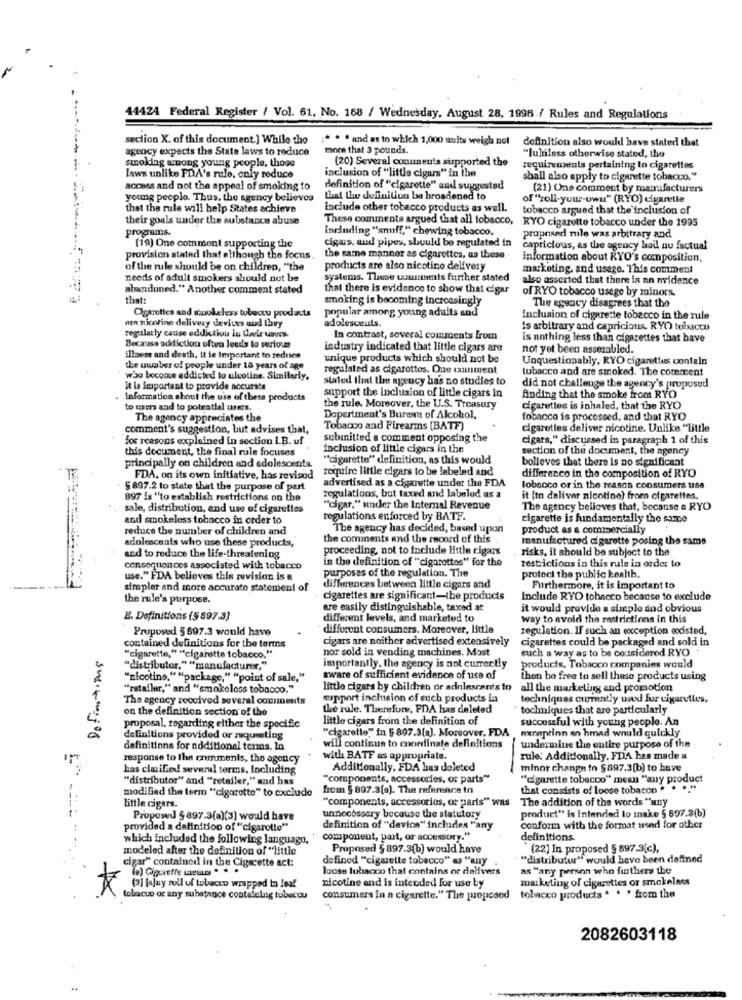
44424 Federal Register / Vol. 61, No. 168 / Wednesday, August 28, 1996 / Rules and Regulations
section X. of this document.] While the
. . . and as to which 1,000 mbits weigh not
definition also would have stated that
agency expects the State laws to reduce
more that 3 pounds.
smoking among young people, those
(20) Several conunents supported the
"fuldless otherwise stated, the
requirements pertaining to cigarettes
laws unlike FDA's rule, only reduce
inclusion of "little cigus" in the
shall also apply to cigarette tobacco."
access and not the appeal of smoking to
definition of "cigarette" and suggested
(21) One comment by mamafacturers
young people. Thus, the agency believes
that the definitivo ba broadened to
of "roll-your-own" (RYO) cigaretle
that the rule will help States achieve
include other tobacco products as well.
tobacco argued that the inclusion of
their goals under the substance abuse
These comments argued that all tobacco,
RYO cigarette tobacco under the 1995
programs.
including "snuff," chewing tobacco,
cigas, and pipes, should be regulated in
proposed mule was arbitrary and
(19) One comment supporting the
capricious, as the agency hail nu factual
provision stated that although the focus
the same manner as cigarettes, as these
information about RYO's composition,
of the rule should be on children, "the
products are also nicotine delivery
marketing, and usage. This comment
needs of adull smokers should not be
systems. These comments further stated
also asserted that there is no evidence
abandoned." Another comment stated
that there is evidence to show that cigar
of RYO tobacco usage by minors.
that :
smoking is becoming increasingly
The agency disagrees that the
popular among young adults and
non nicotine delivery devices aud they
Cigarettes and suokeless wobeczu products
inclusion of cigarette tobacco in the rule
adolescents.
Is arbitrary and capricious. RYO tolkaccu
regularly cause eddictiou in Uwir usws.
In contrast, several comments from
Is nothing less than cigarettes that have
Because addiction often leads to sertous
industry indicated that little cigars are
not yet been asserabled.
illaess and death, it is Important to reduce
unique products which should not be
Unquestionably, RYO cigarettes contain
the number of people under 18 years of age
regulated as cigarettes. One tunment
tobacco and are smoked. The comment
who beconce addicted to ulvoting. Similarly.
stated that the agency has no studies to
it is important to provide accurate
did not challenge the agency's proposed
Information shout the use of these products
support the inclusion of little cigars in
finding that the smoke from RYO
to users and to potential users.
the rule. Moreover, the U.S. Treasury
cigarettes is inhaled, that the RYO
The agency appreciates the
Department's Bureau of Alcohol,
fobacco is processed, and that RYO
comment's suggestion, but advises that,
Tobacco and Firearms (BATF)
cigarettes deliver nicotine. Unlike "little
for reasons explained in section I.B. uf
submitted a comment opposing the
cigars," discussed in paragraph 1 of this
this document, the final rule focuses
inclusion of little cigars in the
section of the document, the agency
principally on children and adolescents.
""cigarette" definition, as this would
bolleves that there is no significant
require little cigars to be labeled and
FDA, on its own initiative, has revised
advertised as a cigarette under the FDA
differenco in the composition of RYO
§ 897.2 to state that the purpose of part
lobscco or in the reason consumers use
897 is "to establish restrictions on the
regulations, but taxed and labeled as a
it (to deliver nicotine) from cigarettes.
sale, distribution, end use of cigarettes
"cigar," under the Internal Revenue
The agency believes that, because a RYO
and smokeless tobacco in order to
regulations enforced by BATF.
cigarette is fundamentally the same
reduce the number of children and
The agency has decided, based upon
product as a commercially
adolescents who use these products,
the comments and the record of this
manufactured cigarette posing the same
proceeding, not to include little cigars
risks, it should be subject to the
and to reduce the life-threatening
in the definition of "cigarottos" for the
consequences associated with tobacco
purposes of the regulation. The
restrictions in this rule in order to
protect the public health.
use." FDA believes this revision is a
simpler and more accurate statement of
differences between little cigars and
Furthermore, it is important to
the rule's purpose.
cigarettes are significant-ibe products
Include RYO tobacco because to exclude
are easily distinguishable, taxad at
it would provide a simple and obvious
E. Definitions (§ 897.3)
different levels, and marketed to
way to avoid the restrictions in this
Proposed 5 697.3 would have
different consumers. Moreover, little
regulation. IF such an exception eodsted,
cigars are neither advertised extensively
cigarettes could be packaged and sold in
contained definitions for the terms
nor sold in vending machines. Most
such a way as to be cousidered RYO
Definitions
"cigarette," ""cigarette tobacco."
"distributor," "manufacturer,"
importantly, the agency is not currently
products. Tobacco companies would
"nicotine." "package," "point of sale,"
aware of sufficient evidence of use of
thon be free to sell these products using
"retailer," and "smokoloos tobacco."
little cigars by children or adolesrants to all the marketing and promotion
The agency received several comments
support inchision of such products in
techniques currently und fur cigarettes,
on the definition section of the
the rule. Therefore, PDA has deleted
tochniques that are particularly
little cigars from the definition of
successful with young people. An
proposal, regarding elther the specific
"cigarette"" in § 897.3[a]. Moreover, FDA
exceptinn en hrad would quickly
definitions provided or requesting
definitions for additional terms. In
will continue to coordinate definitions
undermine the entire purpose of the
response to the comments, the agency
with BATF as appropriate.
rule: Additionally, FDA has made =
Las claified several terms, Including
Additionally, FDA has doleted
minor change to $897.3(b) to have
"distributor" and "retailer," and has
"components, accessories, of parts"
"cigarette tobacco" mean "any product
modified the term "cigarette" to exclude
from $ 897.3[9]. The reference in
that consists of loose tobacco . .
"components, accessories, or paris" was
The addition of the words "any
Little cigars.
Proposed § 897.3(a)(3) would have
undooossary because the statutory
product" is intended to Inake § 897.3(b)
provided a definition of "cigarette"
definition of "device" includes "any
conform with the format wend for other
which included the following language,
component, part, or accessory."
definitions.
modeled after the definition of "little
Proposed § 897.3(b) would have
(22] In proposed § 897.3(c),
cigar" contained in the Cigscette act:
definod "cigarette tobacco" as "any
"distributor" would have been defined
(e) Cigarette wsaus . . .
loose lubaczo that contains or delivers
as "any person who furthers the
nicotine and is intended for use by
marketing of cigarettes or smokeless
(3] faluy roll of tobacco wrapped In leaf
(obacuo or any substance contatolng tobecou
consumers in a cigarette." The proposed
tobacco products * * * from the
2082603118